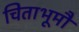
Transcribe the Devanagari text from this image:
चिताभूमौ